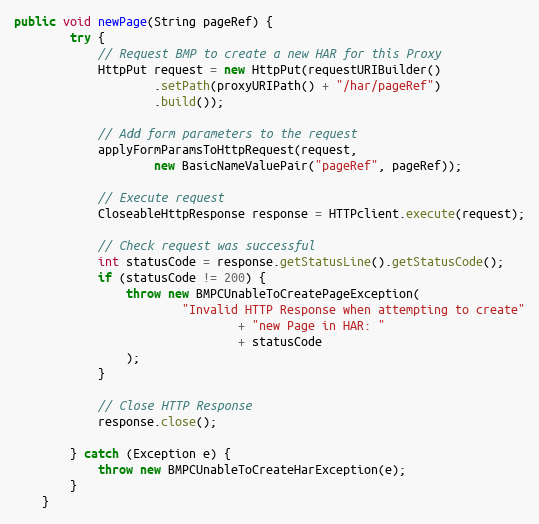
Language: Java
public void newPage(String pageRef) {
        try {
            // Request BMP to create a new HAR for this Proxy
            HttpPut request = new HttpPut(requestURIBuilder()
                    .setPath(proxyURIPath() + "/har/pageRef")
                    .build());

            // Add form parameters to the request
            applyFormParamsToHttpRequest(request,
                    new BasicNameValuePair("pageRef", pageRef));

            // Execute request
            CloseableHttpResponse response = HTTPclient.execute(request);

            // Check request was successful
            int statusCode = response.getStatusLine().getStatusCode();
            if (statusCode != 200) {
                throw new BMPCUnableToCreatePageException(
                        "Invalid HTTP Response when attempting to create"
                                + "new Page in HAR: "
                                + statusCode
                );
            }

            // Close HTTP Response
            response.close();

        } catch (Exception e) {
            throw new BMPCUnableToCreateHarException(e);
        }
    }